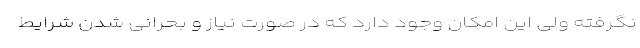
نگرفته ولی این امکان وجود دارد که در صورت نیاز و بحرانی شدن شرایط